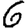
Digit: 6